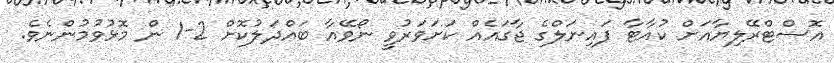
އޮސްޓްރޭލިޔާއަށް ކުއާޓާ ފައިނަލްގެ ޖާގައެއް ކަށަވަރުވީ ނޯވޭއާ ބައްދަލުކޮށް 2-1 ން މޮޅުވުމުންނެވެ.